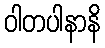
ဝါတပါနာနိ